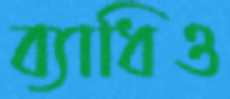
ব্যাধিও